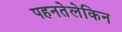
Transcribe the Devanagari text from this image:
पहनतेलेकिन